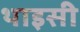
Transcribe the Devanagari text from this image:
थाइसी